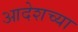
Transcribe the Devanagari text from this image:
आदेशच्या